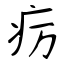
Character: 疠